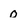
Character: O